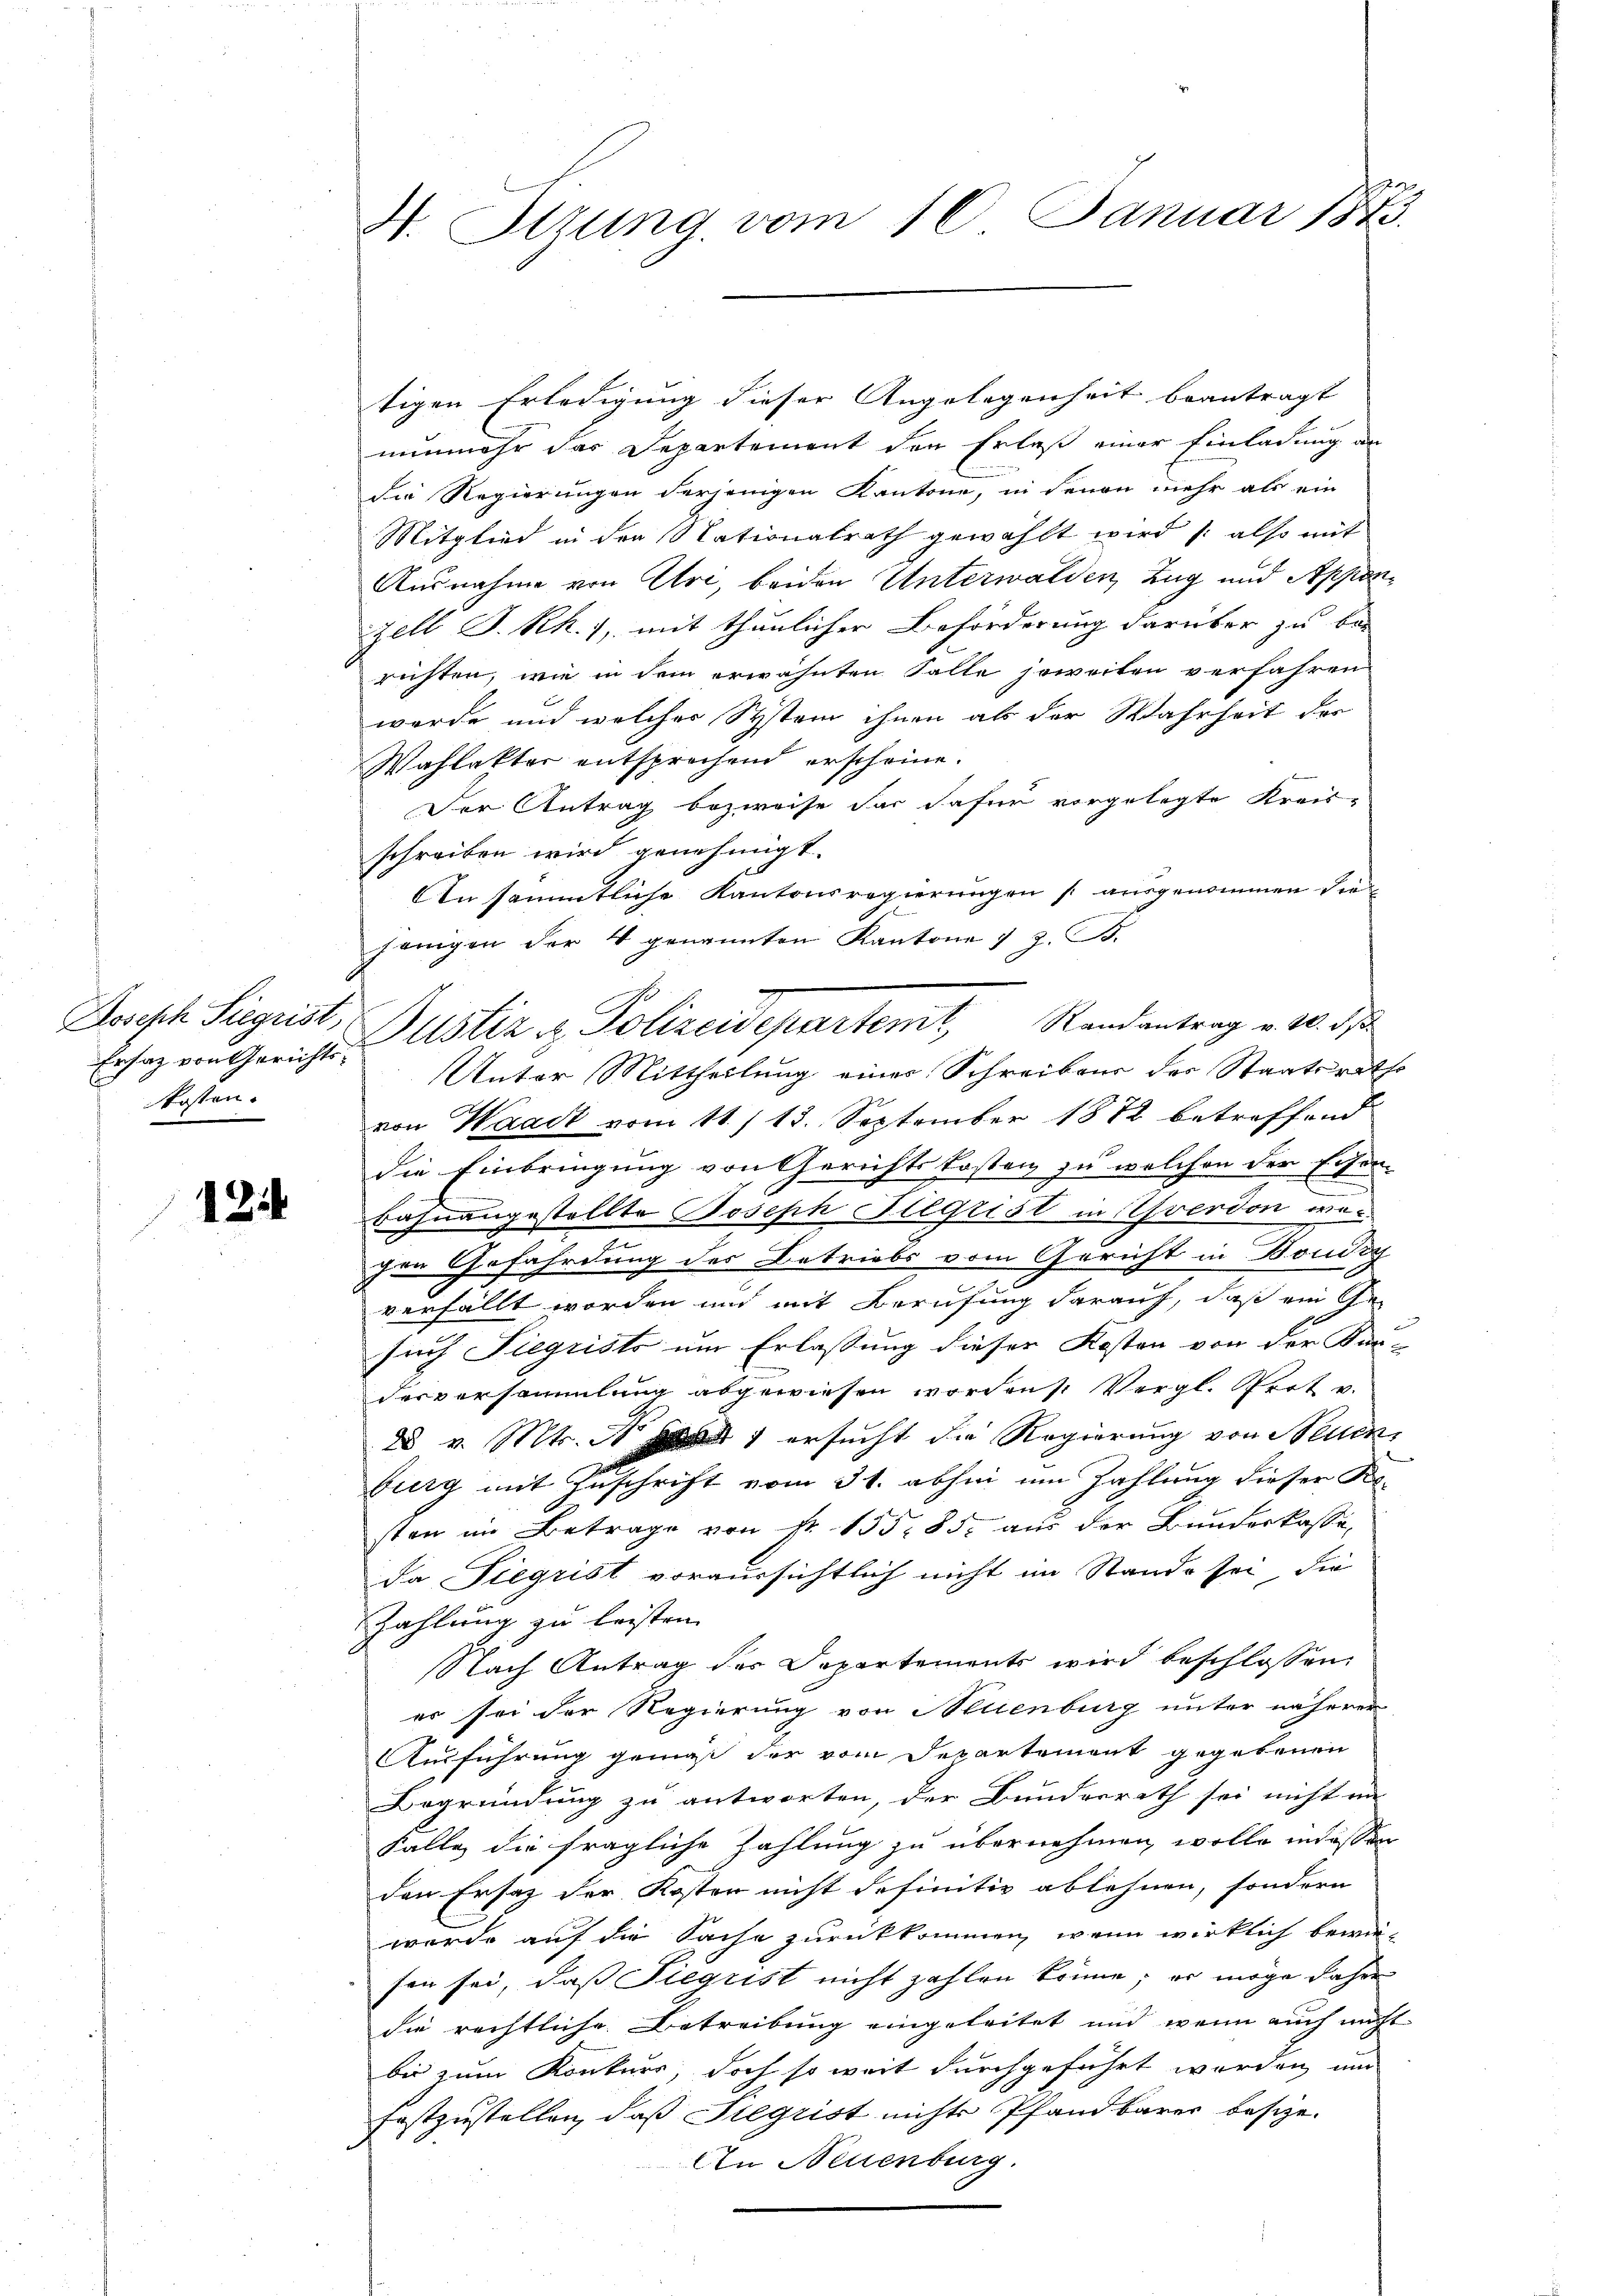
Joseph Siegrist,
kosten.

124

H. Etzung vom 16. Januar 1873.

tigen Erledigung dieser Angelegenheit beantragt
nunmehr das Departement den Erlaß einer Einladung an
die Regierungen derjenigen Kantone, in denen mehr als ein
Mitglied in den Stationalrath gewählt wird also mit
Ausnahme von Uri, beiden Unterwalden, Zug und Appenzell S. Rk. 1, mit thunlicher Beförderung darüber zu bei
richten, wie in dem erwähnten Falle jeweiten verfahren
werde und welcher System ihnen als der Wahrheit der
Wahlakter entsprochend erscheine.
Der Antrag bezweife dar dafür vorgelegte Kreis-
schreiben wird genehmigt.
An sämmtliche Kantonsregierungen (: ausgenommen diejenigen der 4 genannten Kantone ) z. B.
Unter Mittheilung eines Schreibens der Staatsrathe
von Waadt vom 11./13. September 1872 betreffend
die Einbringung von Gerichtskosten zu welchen der Eisen-
Bahnangestellte Joseph Seegrist in Yverdon diegen Gefährdung des Betriebs vom Gericht in Bondig
verfällt worden und mit Berufung darauf, daß ein Ge-
such Siegrists um Erlassung dieser Kosten von der Kan-
dorversammlung abgewiesen worden Vergl. Prot v.
28 v. Mts. 1 ersucht die Regierung von Neuen
burg mit Zuschrift vom 31. abhin um Zahlung dieser Kosten im Betrage von Nr. 155. 85. aus der Bunderkasse,
da Siegrist voraussichtlich nicht im Stande sei, die
Zahlung zu leisten.
Nach Antrag der Departements wird beschlossen:
er sei der Regierung von Muenburg unter näheren
Ausführung gemäß der vom Departement gegebenen
Begründung zu antworten, der Bundesrath sei nicht im
Falle die fragliche Zahlung zu übernehmen wolle in dessen
den Ersatz der Koster nicht definitiv ablehnen, sondern
werde auf die Sache zurückkommen, wenn wirklich bewie-
sen sei, daß Siegrist nicht zahlen könne; er möge daher
die rechtliche Betreibung eingeleitet und wenn auch nicht
bis zum Konkurs, doch so weit durchgeführt worden, und
festzustellen, daß Siegrist nichts Pfandbarer besize-
An Neuenburg.

Erhagen Gericht, Altstiz u. Polizeidepartemt, Randantrag a. 0. d